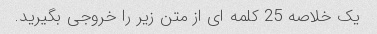
یک خلاصه 25 کلمه ای از متن زیر را خروجی بگیرید.